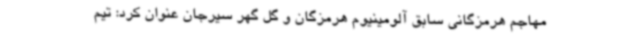
مهاجم هرمزگانی سابق آلومینیوم هرمزگان و گل گهر سیرجان عنوان کرد: تیم